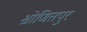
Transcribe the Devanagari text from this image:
श्रोणितपुर